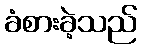
ခံစားခဲ့သည်